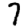
Digit: 7